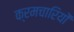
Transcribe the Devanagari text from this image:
क्रमचारियों